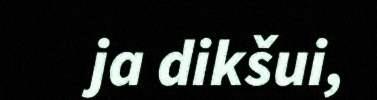
ja dikšui,